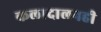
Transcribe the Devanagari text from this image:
कलादालनही